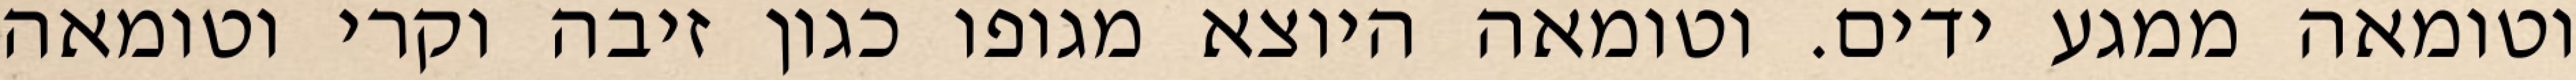
וטומאה ממגע ידים. וטומאה היוצא מגופו כגון זיבה וקרי וטומאה